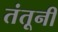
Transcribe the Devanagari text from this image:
तंतूनी